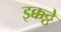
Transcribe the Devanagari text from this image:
इक्कठ्ठे